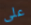
على